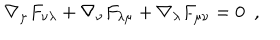
\nabla _ { \mu } F _ { \nu \lambda } + \nabla _ { \nu } F _ { \lambda \mu } + \nabla _ { \lambda } F _ { \mu \nu } = 0 ~ ~ ,